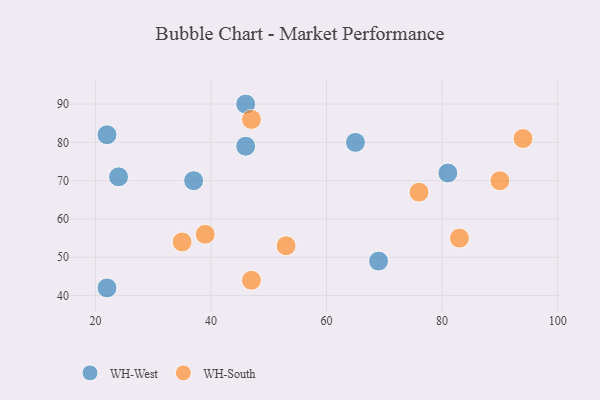
{"axis": {"x": "GDP", "y": "Life Expectancy"}, "legend": ["WH-South", "WH-West"], "data": [{"x": "22", "y": 42, "type": "WH-West"}, {"x": "37", "y": 70, "type": "WH-West"}, {"x": "24", "y": 71, "type": "WH-West"}, {"x": "81", "y": 72, "type": "WH-West"}, {"x": "46", "y": 79, "type": "WH-West"}, {"x": "65", "y": 80, "type": "WH-West"}, {"x": "69", "y": 49, "type": "WH-West"}, {"x": "22", "y": 82, "type": "WH-West"}, {"x": "46", "y": 90, "type": "WH-West"}, {"x": "35", "y": 54, "type": "WH-South"}, {"x": "47", "y": 44, "type": "WH-South"}, {"x": "94", "y": 81, "type": "WH-South"}, {"x": "47", "y": 86, "type": "WH-South"}, {"x": "76", "y": 67, "type": "WH-South"}, {"x": "53", "y": 53, "type": "WH-South"}, {"x": "83", "y": 55, "type": "WH-South"}, {"x": "90", "y": 70, "type": "WH-South"}, {"x": "39", "y": 56, "type": "WH-South"}]}